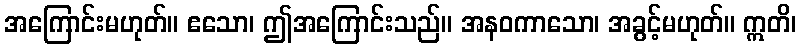
အကြောင်းမဟုတ်။ ဧသော၊ ဤအကြောင်းသည်။ အနဝကာသော၊ အခွင့်မဟုတ်။ ဣတိ၊